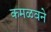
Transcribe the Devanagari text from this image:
कमळवने